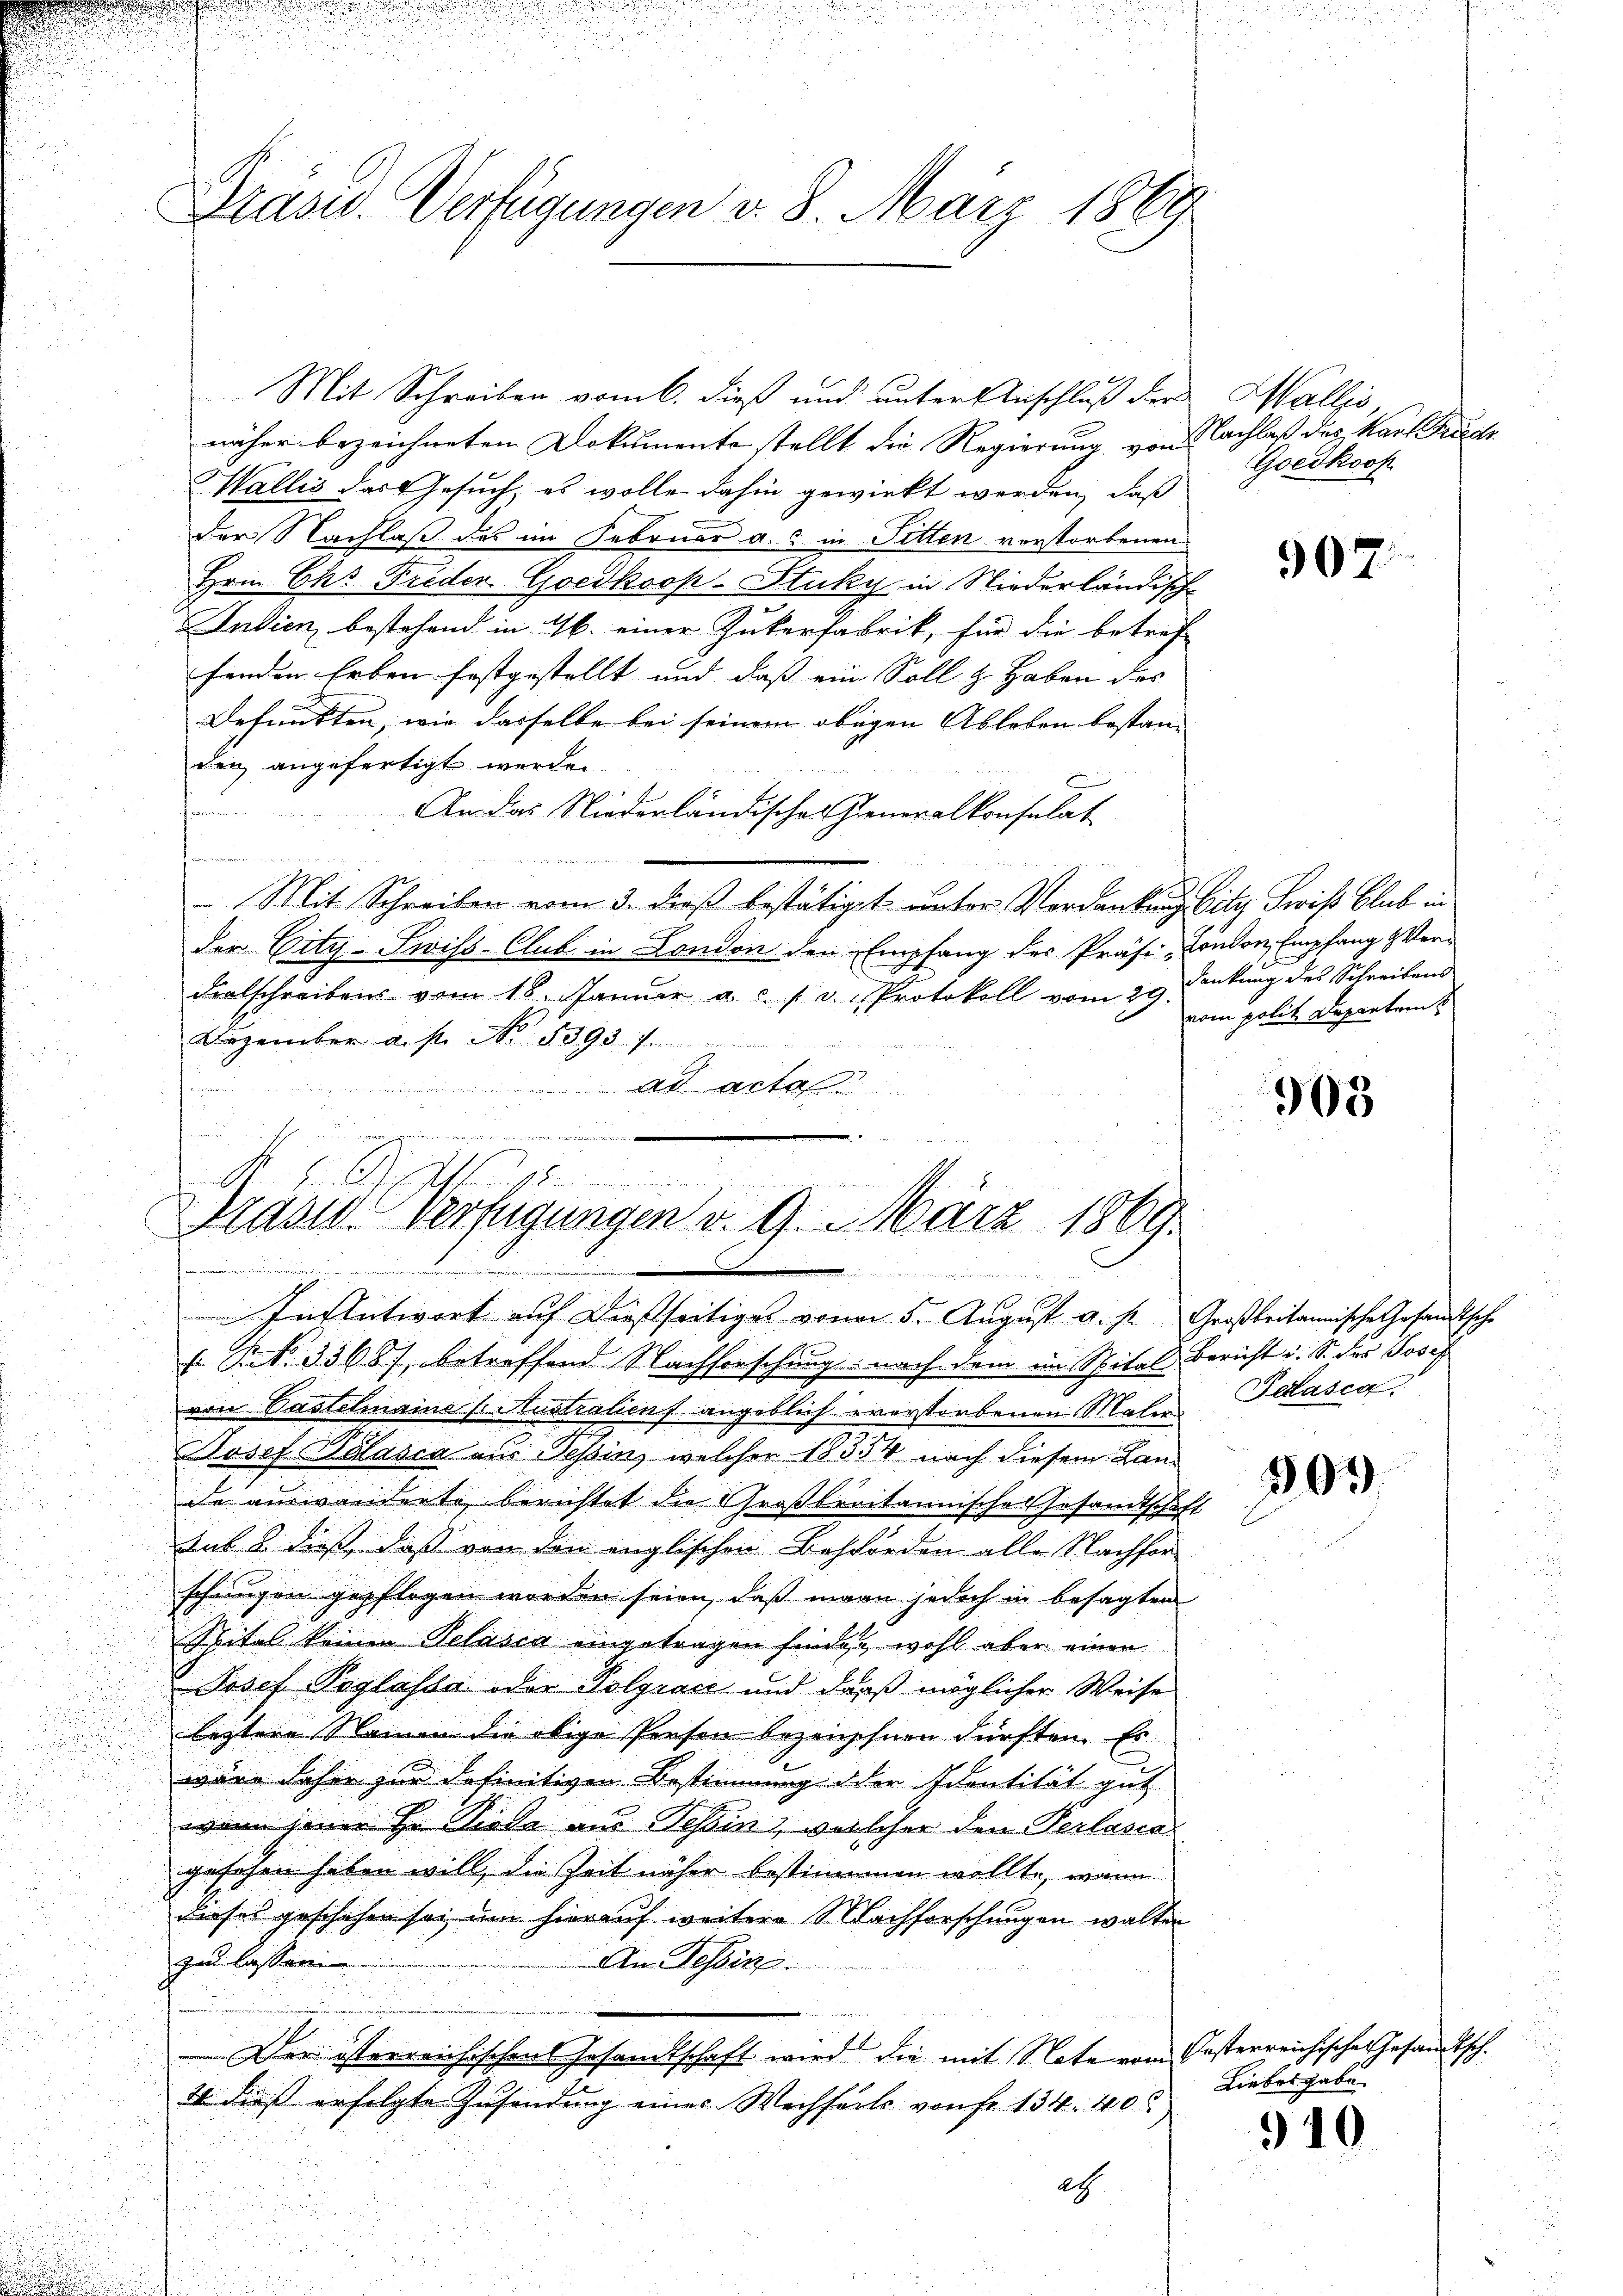
Grasw. Verfügungen d. 8. März 1869

Mit Schreiben vom 6. dieß und unter Anschluß der
näher bezeichneten Dokumente stellt die Regierung von
Wallis das Gesuch, es wolle dahin gewirkt werden, daß
der Nachlaß des im Februar a. in Sitten vorstorbenen
Hrn. Chr. Freder Goedkoop-Stuky in Niederländisch
Indien bestehend in 16. einer Zukerfabrik, für die betref
henden Erben festgestellt und daß ein Soll z. Haben des
Defunkten, wie dasselbe bei seinem obigen Ableben bestan- |
den angefertigt werden.
porcommenen
An das Niederländischen Generalkonsulat
e
 Mit Schreiben vom 3. dieß bestätiget unter Verdankung bitz Swis Club in
der City-Swiss Club in London den Empfang des Präsi-Condon, Empfang & Ver-
dialschreibens vom 18. Januar a. c. s. v. Protokoll vom 29. Denkung des Schreibens
Dezember a. p. No. 5393 f.
ad acta
n
fen
.

.
rasiv. Verfügungen d. 9. März 1869

ewe

i 1
In Antwort auf dießseitiges von 5. August a. p. Großbritannische Gesandtsche

Nr. 33687, betreffend Nachforschung: nach dem ein Spital Bericht d. S. des Josef
von Pastelmaine Australienf angeblich verstorbenen Maler
Josef Palasca aus Tessin, welcher 18354 nach diesem Lande auswanderte berichtet die Großbreitannische Gesandtschaft
sab 8 dies, dass von dem englischen Behörden alle Nachforschungen gepflogen worden seien, daß mann jedoch in besagten
Spital keinen Pelasca eingetragen finden wohl aber einen
 Josef Poglasba der Polyrace und darf möglicher Weise
letztere Stainen die obige Person bezeichnen dürften. Es
wäre daher zur definitiven Bestimmung der Identität gut
wann jener Hr. Liebe aus Tessin, welcher den Verlasca
gesehen haben will, die Zeit näher bestimmen wollte, wann
dieses geschehen sei, um hierauf weitere Nachforschungen walter
zu lassen
An Tessin.

Der österreichischens Gesandtschaft wird die mit Note vom Fasterreichische Gesandtsch.
4 dieß erfolgte Zusendung eines Wechsels von fr. 134. 40
ath

Wallis,
Nachlaß des Kauf rech
Goedkoop

307

vom polit. Departei

305

Pelásca.

391)

Liebesgabe

910.